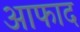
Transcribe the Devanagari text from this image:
आफाद